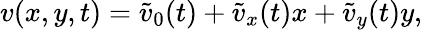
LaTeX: {v}(x,y,t)=\tilde{v}_{0}(t)+\tilde{v}_{x}(t)x+\tilde{v}_{y}(t)y,